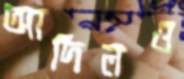
আদিলও